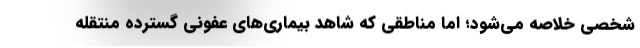
شخصی خلاصه می‌شود؛ اما مناطقی که شاهد بیماری‌های عفونی گسترده منتقله